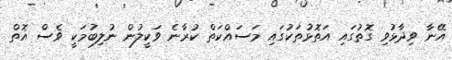
އޭނާ ވިދާޅުވި ގޮތުގައި އަތޮޅުތަކުގައި މަސައްކަތް ކުރާނެ ވަކީލުން ނުލިބުމަކީ ވެސް އޮތް